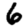
Digit: 6